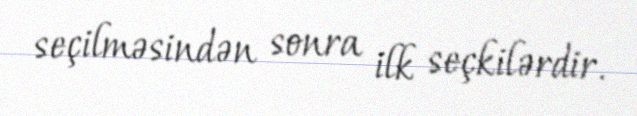
seçilməsindən sonra ilk seçkilərdir.